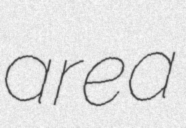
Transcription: area